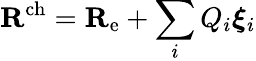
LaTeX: \mathbf{R}^{\mathrm{ch}}=\mathbf{R}_{\mathrm{e}}+\sum_{i}Q_{i}\boldsymbol{\xi}_{i}